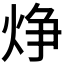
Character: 𪸾